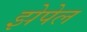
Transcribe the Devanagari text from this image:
झेपेल